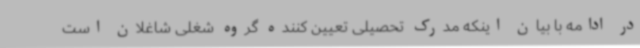
در ادامه با بیان اینکه مدرک تحصیلی تعیین کننده گروه شغلی شاغلان است